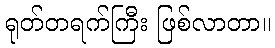
ရုတ်တရက်ကြီး ဖြစ်လာတာ။